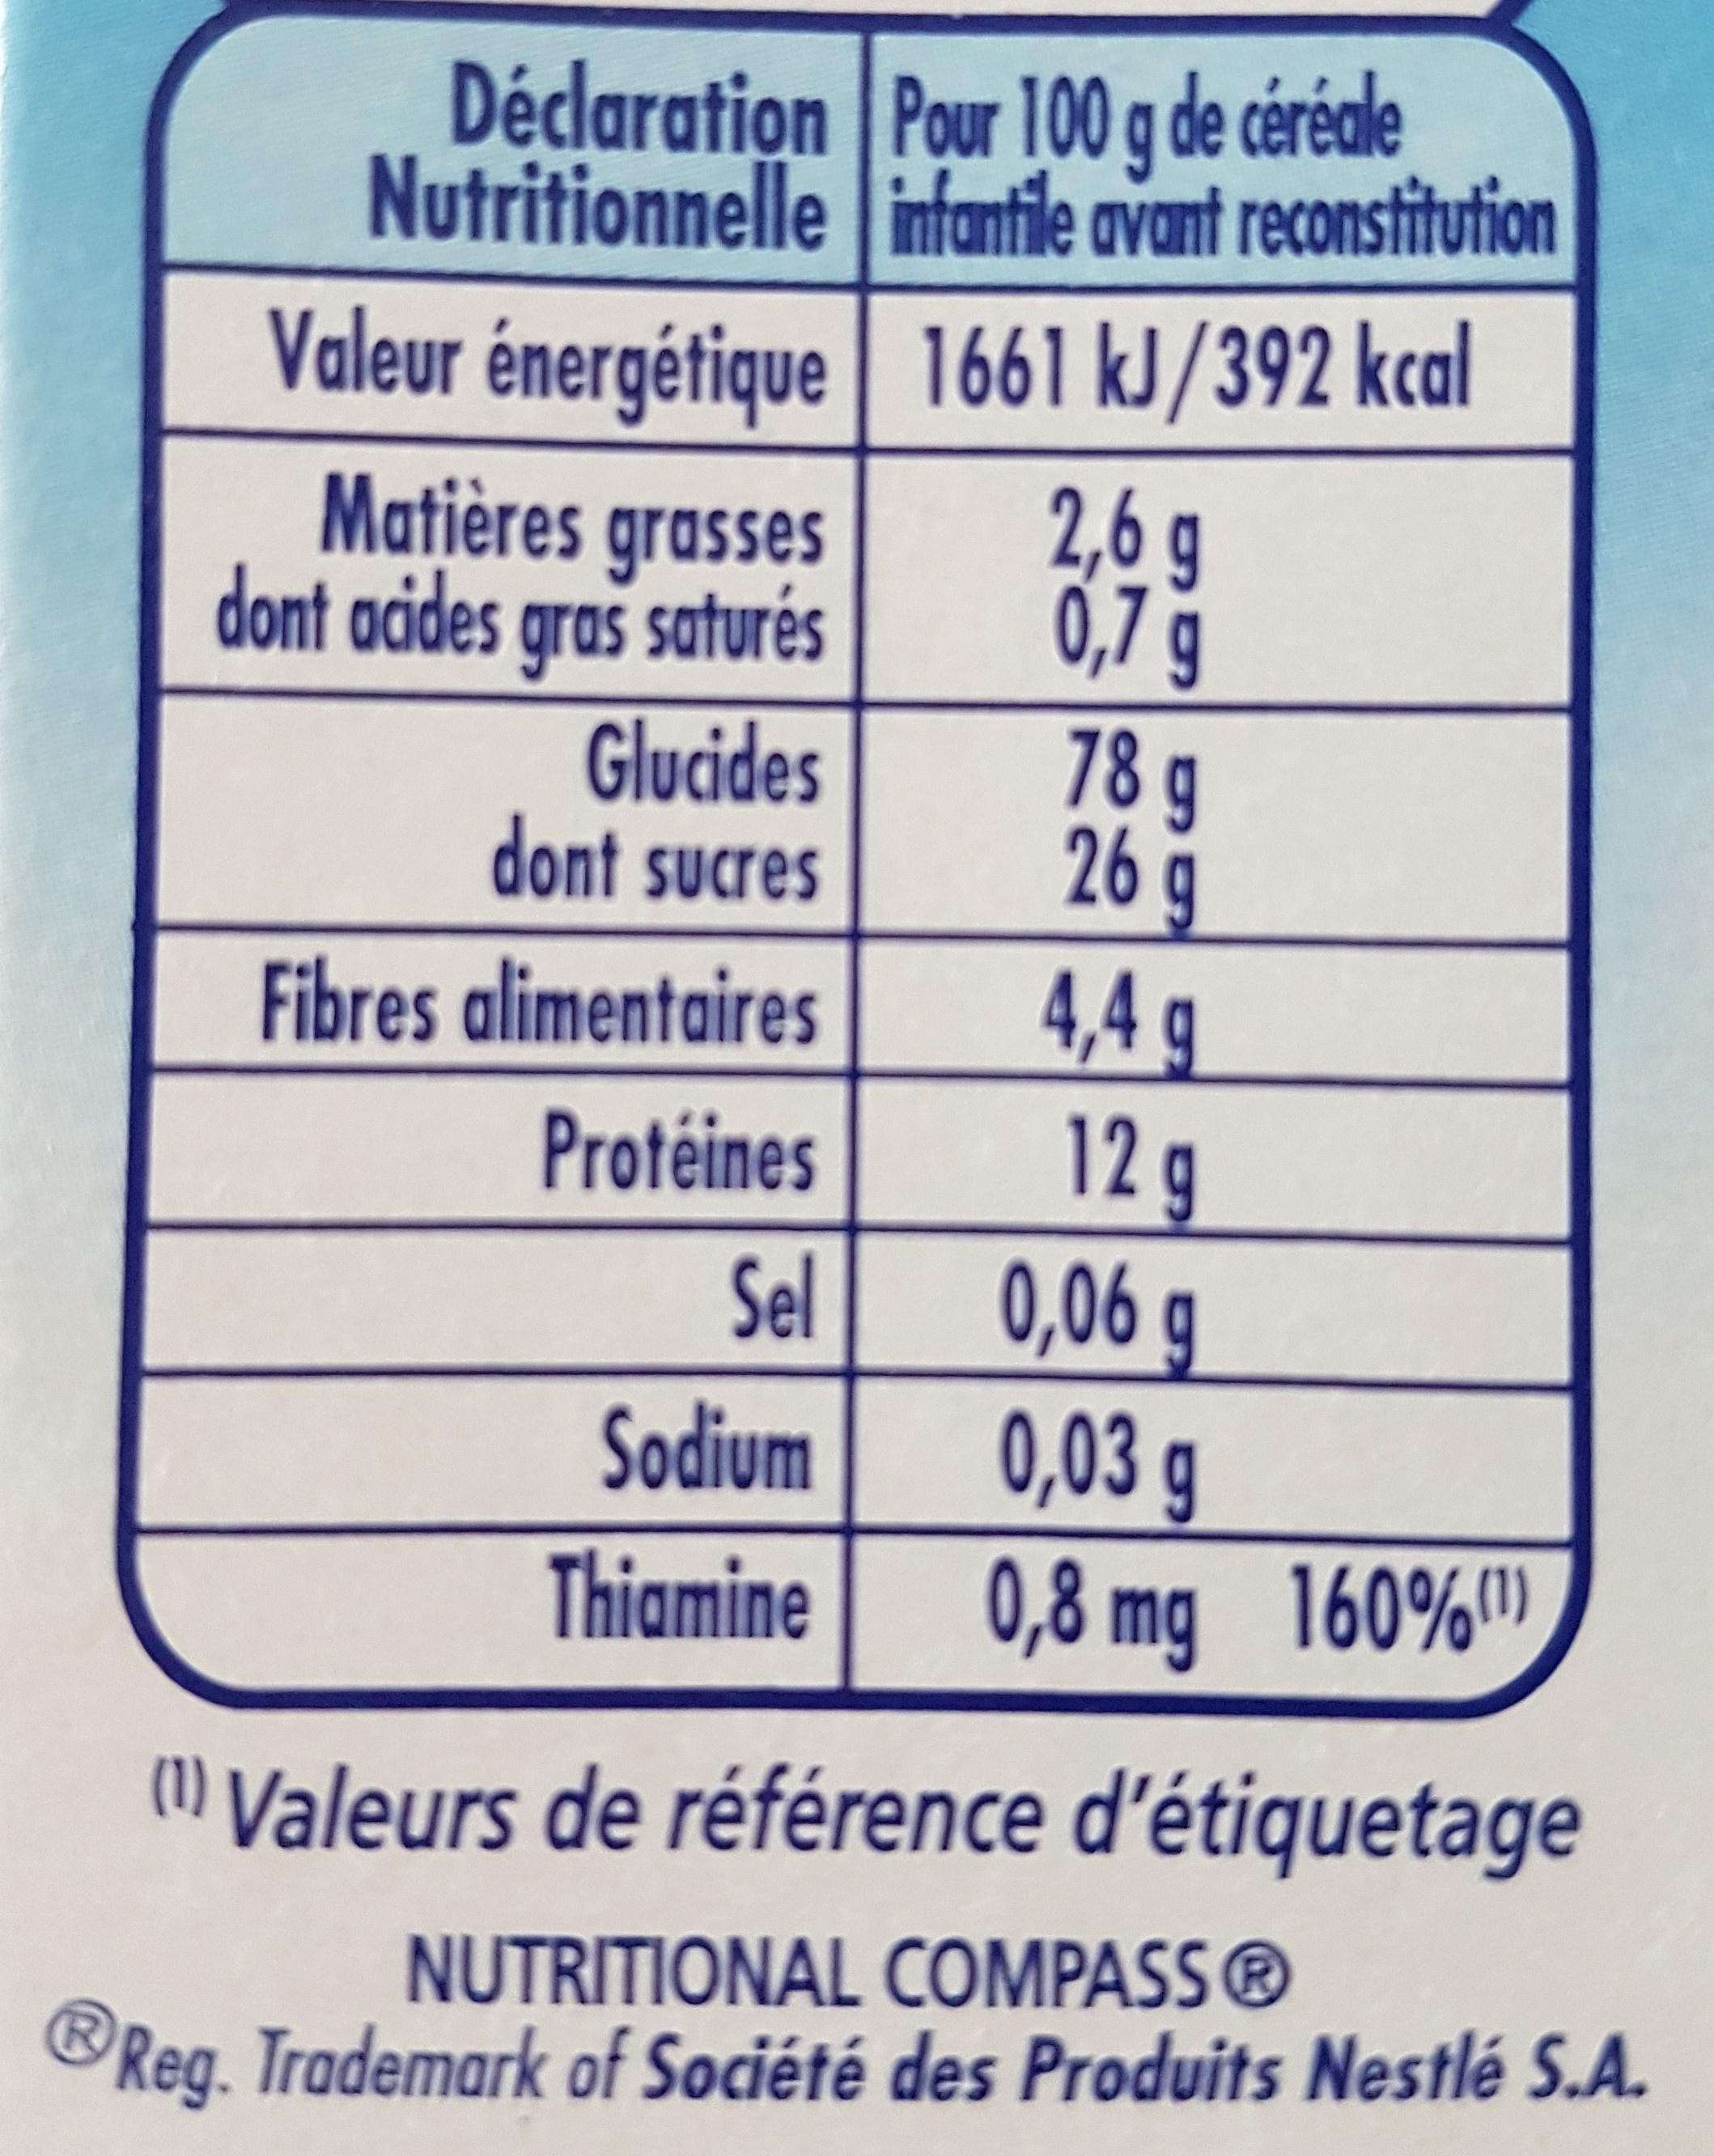
Déclaration Nutritionnelle
Valeur énergétique
Matières grasses dont acides gras saturés
Glucides
dont sucres
Fibres alimentaires
Protéines
Sel
Sodium
Thiamine
Pour 100 g de céréale infantile avant reconstitution
1661 kJ/392 kcal
2,6 g 0,7 g
78 g
26 g
4,4 g
12 g
0,06 g
0,03 g
0,8 mg 160%(¹)
(1¹) Valeurs de référence d'étiquetage
NUTRITIONAL COMPASS Ⓡ Reg. Trademark of Société des Produits Nestlé S.A.